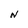
Character: N